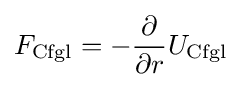
F_{\mathrm {Cfgl} }=-{\frac {\partial }{\partial r}}{U}_{\mathrm {Cfgl} }